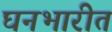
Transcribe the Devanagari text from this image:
घनभारीत